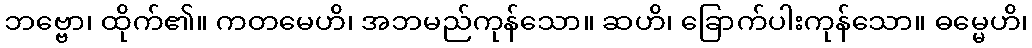
ဘဗ္ဗော၊ ထိုက်၏။ ကတမေဟိ၊ အဘမည်ကုန်သော။ ဆဟိ၊ ခြောက်ပါးကုန်သော။ ဓမ္မေဟိ၊